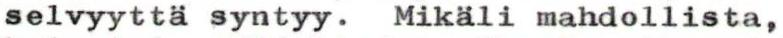
selvyyttä syntyy. Mikäli mahdollista,